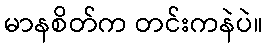
မာနစိတ်က တင်းကနဲပဲ။